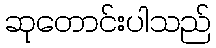
ဆုတောင်းပါသည်